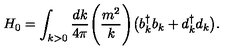
H _ { 0 } = \int _ { k > 0 } { \frac { d k } { 4 \pi } } \Biggl ( { \frac { m ^ { 2 } } { k } } \Biggr ) \bigl ( b _ { k } ^ { \dagger } b _ { k } + d _ { k } ^ { \dagger } d _ { k } \bigr ) .